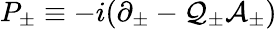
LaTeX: P_{\pm}\equiv-i(\partial_{\pm}-\mathcal{Q}_{\pm}\mathcal{A}_{\pm})